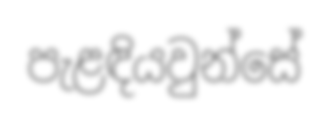
පැළඳියවුන්සේ